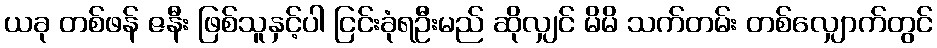
ယခု တစ်ဖန် ဇနီး ဖြစ်သူနှင့်ပါ ငြင်းခုံရဦးမည် ဆိုလျှင် မိမိ သက်တမ်း တစ်လျှောက်တွင်